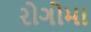
રોગોમા